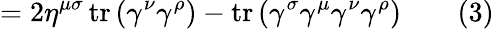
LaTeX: =2\eta^{\mu\sigma}\operatorname{tr}\left(\gamma^{\nu}\gamma^{\rho}\right)-\operatorname{tr}\left(\gamma^{\sigma}\gamma^{\mu}\gamma^{\nu}\gamma^{\rho}\right)\quad\quad(3)